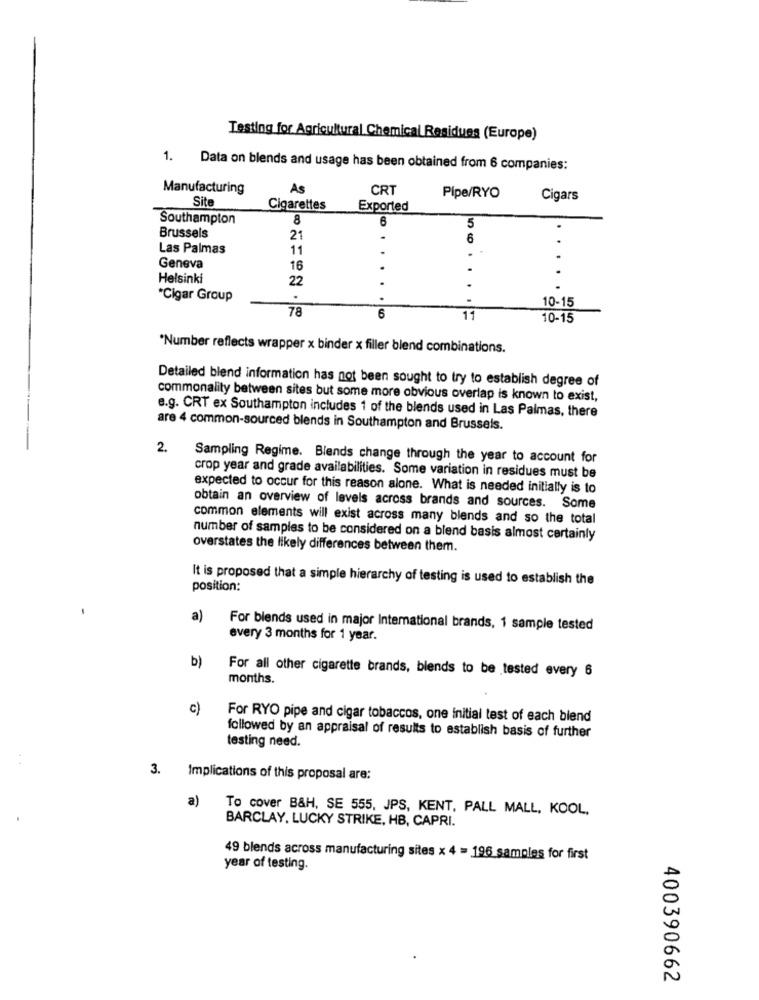
Testing for Agricultural Chemical Residues (Europe)
Data on blends and usage has been obtained from 6 companies:
Manufacturing
AS
CRT
Site
Pipe/RYO
Cigars
Cigarettes
Exported
Southampton
8
6
5
Brussels
21
6
Las Palmas
11
.
Geneva
16
.
Helsinki
22
*Cigar Group
.
78
10-15
6
11
10-15
*Number reflects wrapper x binder x filler blend combinations.
Detailed blend information has not been sought to try to establish degree of
commonality between sites but some more obvious overlap is known to exist,
e.g. CRT ex Southampton includes 1 of the blends used in Las Palmas, there
are 4 common-sourced blends in Southampton and Brussels.
2.
Sampling Regime. Blends change through the year to account for
crop year and grade availabilities. Some variation in residues must be
expected to occur for this reason alone. What is needed initially is to
obtain an overview of levels across brands and sources. Some
common elements will exist across many blends and so the total
number of samples to be considered on a blend basis almost certainly
overstates the likely differences between them.
It is proposed that a simple hierarchy of testing is used to establish the
position:
a)
For blends used in major International brands, 1 sample tested
every 3 months for 1 year.
b)
For all other cigarette brands, blends to be tested every 6
months.
c)
For RYO pipe and cigar tobaccos, one initial test of each blend
followed by an appraisal of results to establish basis of further
testing need.
3. Implications of this proposal are:
a)
To cover B&H, SE 555, JPS, KENT, PALL MALL, KOOL,
BARCLAY. LUCKY STRIKE, HB, CAPRI.
49 blends across manufacturing sites × 4 = 196 samples for first
year of testing.
400390662